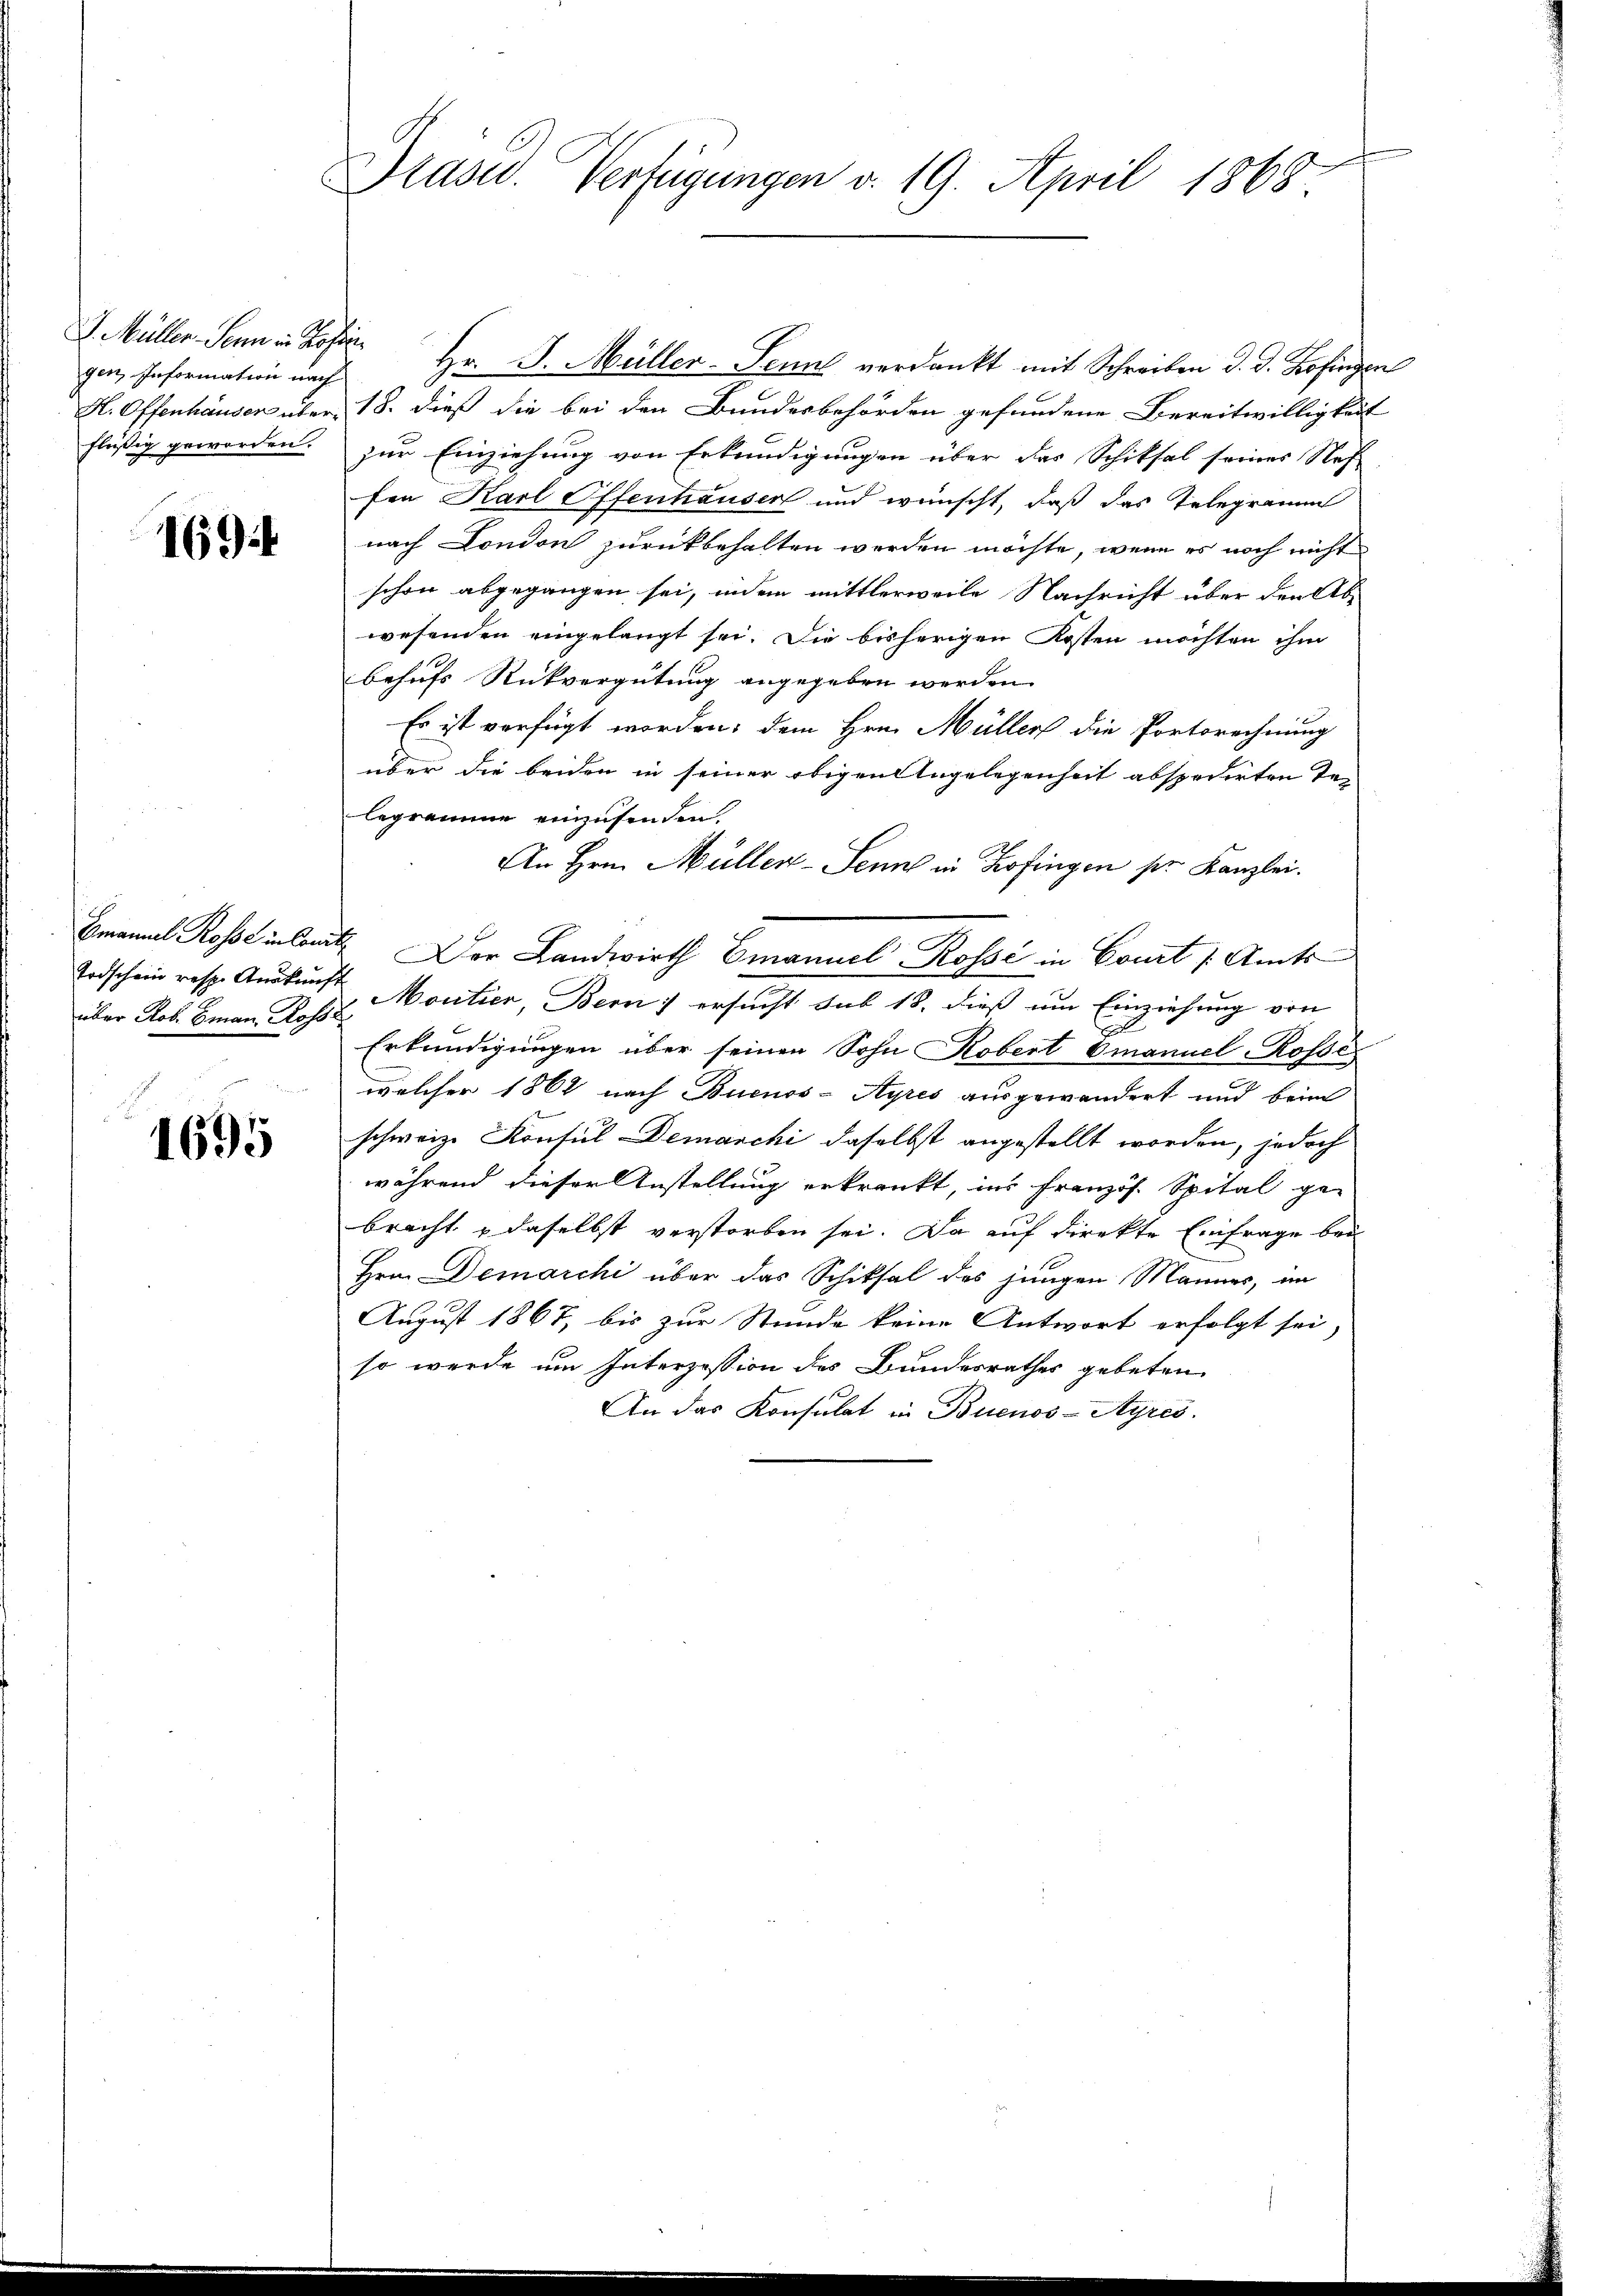
gen, Information nach
flüßig geworden.

169

über Rob. Eman Rosse

1695

Prasw. Verfügungen v. 19. April 1868

J. Müller Sei Hr. J. Müller-Senns verdankt mit Schreiben d. d. Kofingen
H. Offenhauser über 18. dieß die bei den Bundesbehörden gefundene Bereitwilligkeit
zur Einziehung von Erkundigungen über das Schiksal seines Stof
fen Karl Offenhauser und wünscht, daß das Telegramm
nach London zurückbehalten werden möchte, wenn es noch nicht
schon abgegangen sei, indem mittlerweile Nachricht über den Ab-
wesenden eingelangt sei. Die bisherigen Kosten möchten ihm
behufs Rückvergütung angegeben werden.
Es ist verfügt worden; dem Hrn. Müller die Portsrechnung
über die beiden in seiner obigen Angelegenheit abspedirten Talegramme einzusenden.
An Hrn. Müller-Senn in Zofingen pr. Kanzlei.
Banal Rosse in laut Dor Landwirth Emanuel Rosse in Const (Amts¬
Todschein resp. Auskunft Moutier, Bern ersucht sub 18. dieß um Einziehung von
J
Erkundigungen über seinen Sohn Robert Omanuel-Rosse
welcher 1862 nach Buenos-Ayres ausgewandert und beim
i
schweiz. Konsul Demarchi daselbst angestellt worden, jedoch
während dieser Anstellung erkrankt, ins Französ. Spital ge-
bracht , daselbst verstorben sei. Da auf direkte Einfrage bei
Hrn. Demarchi über das Schiksal des jungen Mannes, im
August 1867, bis zur Stunde keine Antwort erfolgt sei,
so werde um Interzession des Bundesrathes gebeten
An das Konsulat in Buenos-Ayres.